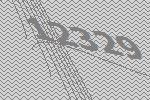
12329